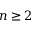
n \geq 2